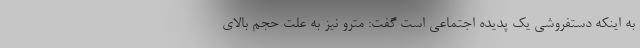
به اینکه دستفروشی یک پدیده اجتماعی است گفت: مترو نیز به علت حجم بالای